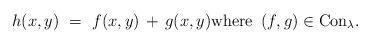
LaTeX: \begin{align*} h(x,y) \,\, = \,\, f(x,y) \,+\, g(x,y){\rm where} \,\,\, (f,g) \in {\rm Con}_\lambda. \end{align*}